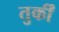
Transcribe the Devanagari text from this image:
तुर्कीं